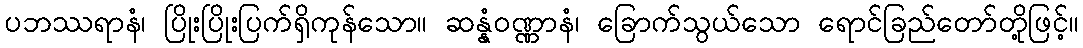
ပဘဿရာနံ၊ ပြိုးပြိုးပြက်ရှိကုန်သော။ ဆန္နံဝဏ္ဏာနံ၊ ခြောက်သွယ်သော ရောင်ခြည်တော်တို့ဖြင့်။